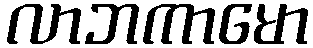
လာဘကာမော